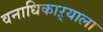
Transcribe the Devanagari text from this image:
वनाधिकाऱ्याला